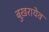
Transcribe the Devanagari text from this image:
बुख़रायेव